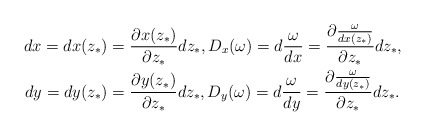
\begin{align*}dx=dx(z_*)&=\frac{\partial x(z_*)}{\partial z_*}dz_*,D_x(\omega)=d\frac{\omega}{dx}=\frac{\partial\frac{\omega}{dx(z_*)}}{\partial z_*}dz_*,\\ dy=dy(z_*)&=\frac{\partial y(z_*)}{\partial z_*}dz_*,D_y(\omega)=d\frac{\omega}{dy}=\frac{\partial\frac{\omega}{dy(z_*)}}{\partial z_*}dz_*.\end{align*}